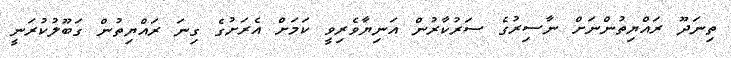
ތިނަދޫ ރައްޔިތުންނަށް ނާސިރުގެ ސަރުކާރުން އަނިޔާވެރިވީ ކަމަށް އެރަށުގެ ގިނަ ރައްޔިތުން ގަބޫލުކުރަނީ